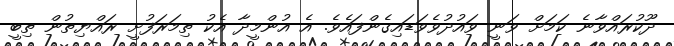
ދޫކުރައްވާނެ ކަމަށް ވަނީ ވައުދުވެވަޑައިގެންފައެވެ. އެ އުންމީދާ އެކު ތިމަރަފުށީ ރައްޔިތުން ތިބީ